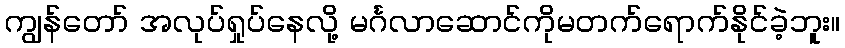
ကျွန်တော် အလုပ်ရှုပ်နေလို့ မင်္ဂလာဆောင်ကိုမတက်ရောက်နိုင်ခဲ့ဘူး။